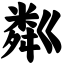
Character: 粼